Annual report of the Punjab Veterinary College and of the Civil Veterinary Department, Punjab - 1926-1932
Year: 1926
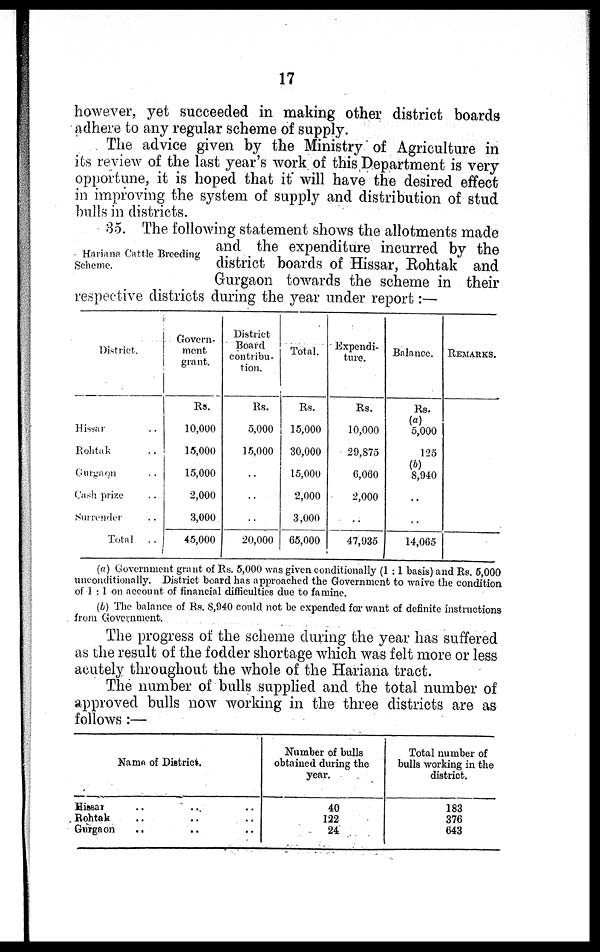
17
however, yet succeeded in making other district boards
adhere to any regular scheme of supply.
The advice given by the Ministry of Agriculture in
its review of the last year's work of this Department is very
opportune, it is hoped that it will have the desired effect
in improving the system of supply and distribution of stud
bulls in districts.
Hariana Cattle Breeding
Scheme.
35. The following statement shows the allotments made
and the expenditure incurred by the
district boards of Hissar, Rohtak and
Gurgaon towards the scheme in their
respective districts during the year under report:—
District.
Hissar ..
Rohtak ..
Gurgaon ..
Cash prize ..
Surrender ..
Total ..
Govern-
ment
grant.
Rs.
10,000
15,000
15,000
2,000
3,000
45,000
District
Board
contribu-
tion.
Rs.
5,000
15,000
..
..
..
20,000
Total.
Rs.
15,000
30,000
15,000
2,000
3,000
65,000
Expendi-
ture.
Rs.
10,000
29,875
6,060
2,000
..
47,035
Balance.
Rs.
(a)
5,000
125
(b)
8,940
..
..
14,065
REMARKS.
(a) Government grant of Rs. 5,000 was given conditionally (1 :1 basis) and Rs. 5,000
unconditionally. District board has approached the Government to waive the condition
of 1 : 1 on account of financial difficulties due to famine.
(b) The balance of Rs. 8,940 could not be expended for want of definite instructions
from Government.
The progress of the scheme during the year has suffered
as the result of the fodder shortage which was felt more or less
acutely throughout the whole of the Hariana tract.
The number of bulls supplied and the total number of
approved bulls now working in the three districts are as
follows :—
Name of District.
Hissar .. ..
..
Rohtak .. .. ..
Gurgaon .. .. ..
Number of bulls
obtained during the
year.
40
122
24
Total number of
bulls working in the
district.
183
376
643